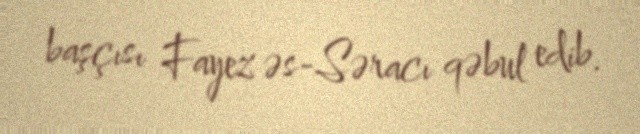
başçısı Fayez əs-Səracı qəbul edib.